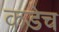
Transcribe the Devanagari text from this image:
कडेच